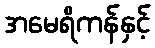
အမေရိကန်နှင့်